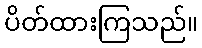
ပိတ်ထားကြသည်။